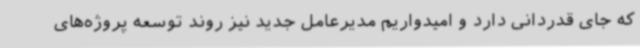
که جای قدردانی دارد و امیدواریم مدیرعامل جدید نیز روند توسعه پروژه‌های